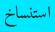
استنساخ